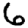
Digit: 6